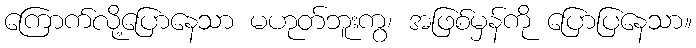
ကြောက်လို့ပြောနေသာ မဟုတ်ဘူးကွ၊ အဖြစ်မှန်ကို ပြောပြနေသာ။